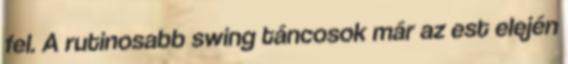
fel. A rutinosabb swing táncosok már az est elején